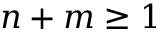
n + m \ge 1